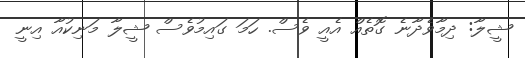
ޝީލާ: ދިމާވެދާނެ ގޮތެއް އެއީ ވެސް. ހަމަ ގައިމުވެސް ޝީލާ މަނިކުއާ އިނީ